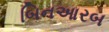
બિનઆરબ